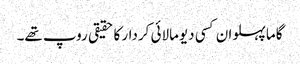
گاما پہلوان کسی دیومالائی کردار کا حقیقی روپ تھے۔